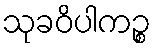
သုခဝိပါကဉ္စ